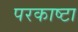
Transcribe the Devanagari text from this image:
परकाष्टा